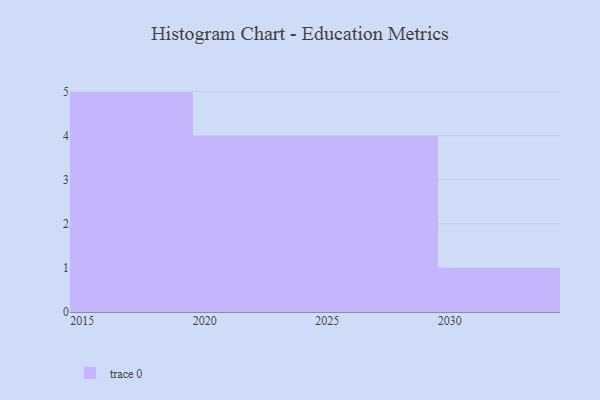
{"axis": {"x": "Year", "y": "Budget (USD K)"}, "legend": [""], "data": [{"x": "2017", "y": 85, "type": ""}, {"x": "2022", "y": 33, "type": ""}, {"x": "2015", "y": 10, "type": ""}, {"x": "2027", "y": 45, "type": ""}, {"x": "2018", "y": 88, "type": ""}, {"x": "2026", "y": 19, "type": ""}, {"x": "2019", "y": 48, "type": ""}, {"x": "2030", "y": 15, "type": ""}, {"x": "2029", "y": 30, "type": ""}, {"x": "2024", "y": 78, "type": ""}, {"x": "2016", "y": 35, "type": ""}, {"x": "2028", "y": 44, "type": ""}, {"x": "2020", "y": 53, "type": ""}, {"x": "2023", "y": 36, "type": ""}]}